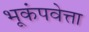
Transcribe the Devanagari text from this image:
भूकंपवेत्ता